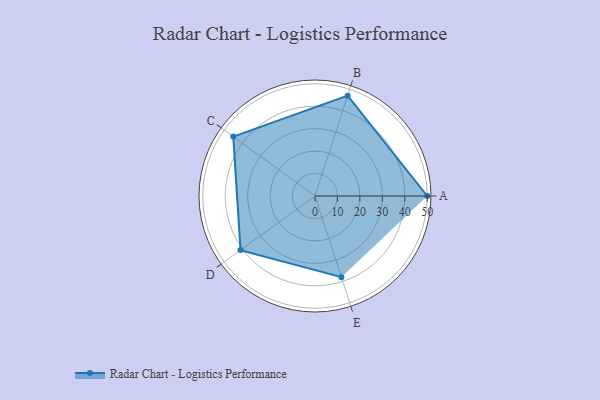
{"axis": {"x": "Skill", "y": "Score"}, "legend": ["Profile"], "data": [{"x": "A", "y": 50.0, "type": "Profile"}, {"x": "B", "y": 47.0, "type": "Profile"}, {"x": "C", "y": 45.0, "type": "Profile"}, {"x": "D", "y": 41.0, "type": "Profile"}, {"x": "E", "y": 38.0, "type": "Profile"}]}